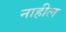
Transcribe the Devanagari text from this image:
नाहील